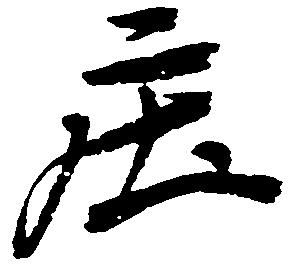
庄